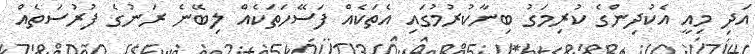
އަދި މިއީ އެކުދިންގެ ކުރިމަގު ބިނާކުރުމުގައި އެތަކެއް ފަސޭހަތަކެއް ލިބޭނެ ރަނުގެ ފުރުސަތެއް